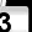
Digit: 3